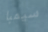
سيمبا